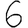
Digit: 6